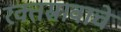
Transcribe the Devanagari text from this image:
रक्तस्रावाचे